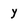
Character: y